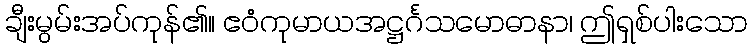
ချီးမွမ်းအပ်ကုန်၏။ ဧဝံကုမာယအဋ္ဌင်္ဂသမောဓာနာ၊ ဤရှစ်ပါးသော